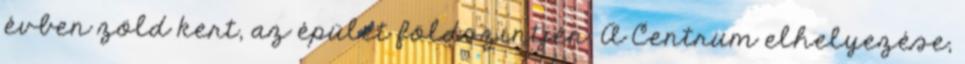
évben zöld kert, az épület földszintjén. A Centrum elhelyezése,